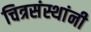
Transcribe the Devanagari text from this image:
चित्रसंस्थांनी